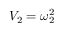
V _ { 2 } = \omega _ { 2 } ^ { 2 }